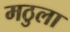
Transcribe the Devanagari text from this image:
मठुला